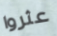
عثروا